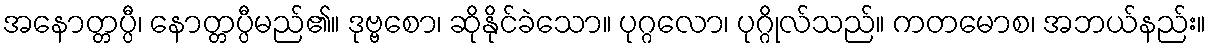
အနောတ္တပ္ပီ၊ နောတ္တပ္ပီမည်၏။ ဒုဗ္ဗစော၊ ဆိုနိုင်ခဲသော။ ပုဂ္ဂလော၊ ပုဂ္ဂိုလ်သည်။ ကတမောစ၊ အဘယ်နည်း။